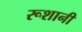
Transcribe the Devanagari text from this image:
रूशानी